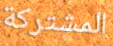
المشتركة